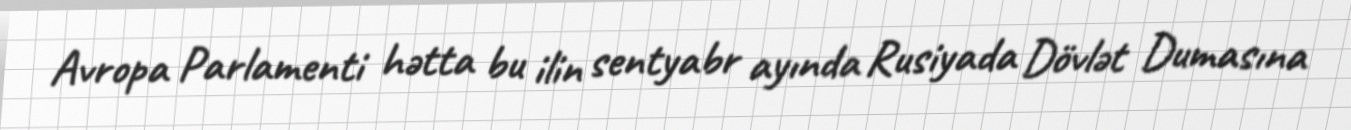
Avropa Parlamenti hətta bu ilin sentyabr ayında Rusiyada Dövlət Dumasına